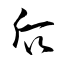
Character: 后